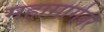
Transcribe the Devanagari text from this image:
महामार्गवर